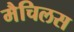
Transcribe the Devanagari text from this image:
मैचिलस